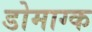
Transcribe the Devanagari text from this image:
डोमाग्क